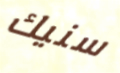
سنيك